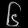
Digit: ၆